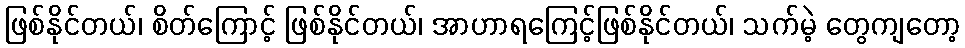
ဖြစ်နိုင်တယ်၊ စိတ်ကြောင့် ဖြစ်နိုင်တယ်၊ အာဟာရကြေင့်ဖြစ်နိုင်တယ်၊ သက်မဲ့ တွေကျတော့